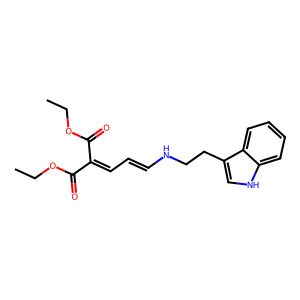
SMILES: CCOC(=O)C(=CC=CNCCc1c[nH]c2ccccc12)C(=O)OCC
Inhibits HIV replication: No